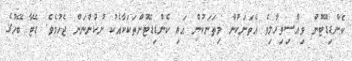
ކެންޑިޑޭޓުން ވިއްސިވިހާލިވެ އެތަނަކުން މިތަނަކުން އައި ކެންޑިޑޭޓުންތަކަކާއެކު ނުކުންނަން ޖެހުމެވެ. ޑޭޓާ ބޭހުގެ